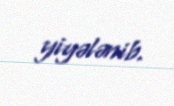
yiyələnib.